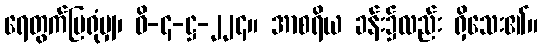
ရေတွက်ပြရုံမျှ၊ ဝိ-၄-ဋ္ဌ-၂၂၄။ အာစရိယ ခန်း၌လည်း ရှိသေး၏။